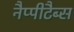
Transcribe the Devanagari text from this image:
नैप्पीटैब्स